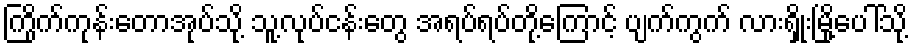
ကြိုက်ကုန်းတောအုပ်သို့ သူ့လုပ်ငန်းတွေ အရပ်ရပ်တို့ကြောင့် ပျက်ကွက် လားရှိုးမြို့ပေါ်သို့